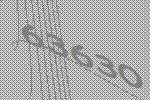
63630